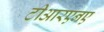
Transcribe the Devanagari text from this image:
टीआरएनए